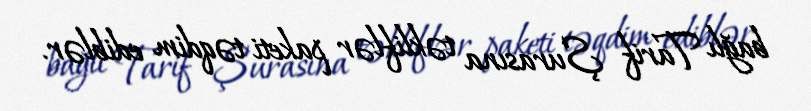
bağlı Tarif Şurasına təkliflər paketi təqdim ediblər.